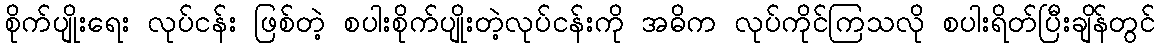
စိုက်ပျိုးရေး လုပ်ငန်း ဖြစ်တဲ့ စပါးစိုက်ပျိုးတဲ့လုပ်ငန်းကို အဓိက လုပ်ကိုင်ကြသလို စပါးရိတ်ပြီးချိန်တွင်